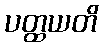
ပတ္ထယတိ